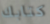
كتابك